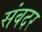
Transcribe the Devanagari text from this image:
संबदर